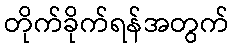
တိုက်ခိုက်ရန်အတွက်